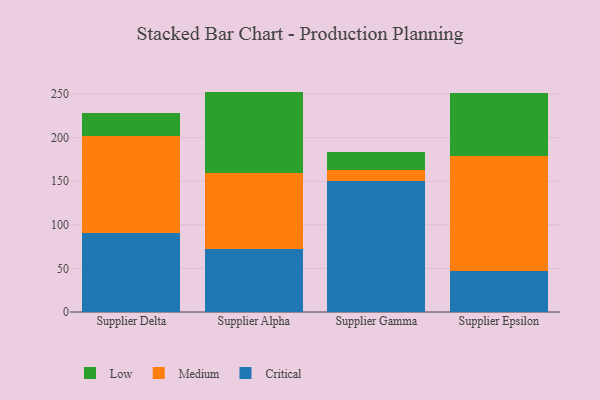
{"axis": {"x": "Supplier", "y": "Page Views"}, "legend": ["Critical", "Low", "Medium"], "data": [{"x": "Supplier Delta", "y": 90.1, "type": "Critical"}, {"x": "Supplier Delta", "y": 112.1, "type": "Medium"}, {"x": "Supplier Delta", "y": 25.6, "type": "Low"}, {"x": "Supplier Alpha", "y": 71.7, "type": "Critical"}, {"x": "Supplier Alpha", "y": 87.9, "type": "Medium"}, {"x": "Supplier Alpha", "y": 93.2, "type": "Low"}, {"x": "Supplier Gamma", "y": 149.9, "type": "Critical"}, {"x": "Supplier Gamma", "y": 12.9, "type": "Medium"}, {"x": "Supplier Gamma", "y": 20.6, "type": "Low"}, {"x": "Supplier Epsilon", "y": 47.2, "type": "Critical"}, {"x": "Supplier Epsilon", "y": 131.3, "type": "Medium"}, {"x": "Supplier Epsilon", "y": 73.2, "type": "Low"}]}